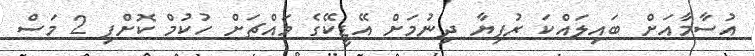
އުސާމާއަށް ބައިލައްކަ ރުފިޔާ ދިނުމަށް އޭޑީކޭގެ މައްޗަށް ހުކުމް ކޮށްފި 2 މަސް